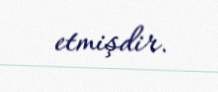
etmişdir.